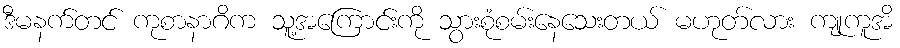
ဒီမနက်တင် ကုစာနာဂိက သူ့အကြောင်းကို သွားစုံစမ်းနေသေးတယ် မဟုတ်လား ကျုကူအိ